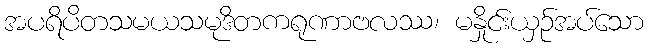
အပရိပိတသမယသမုဒိတကရုဏာဗလဿ၊ မနှိုင်းယှဉ်အပ်သော